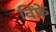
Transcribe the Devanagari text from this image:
विंफ्रे